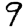
Digit: 9